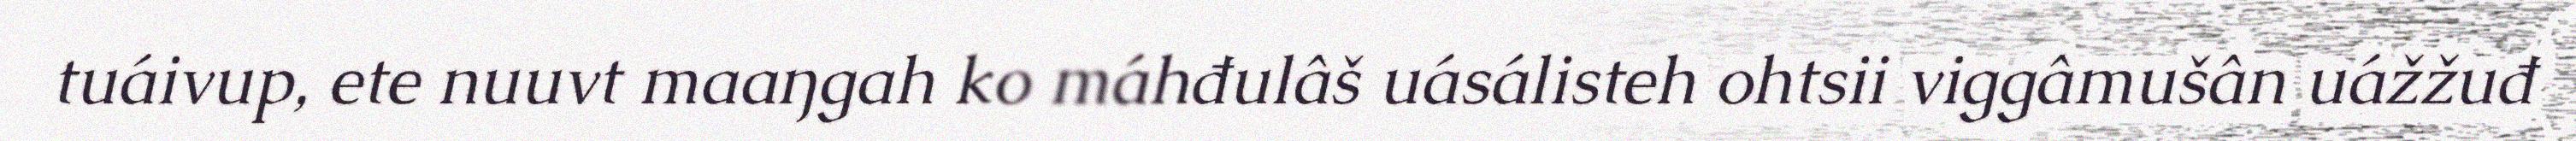
tuáivup, ete nuuvt maaŋgah ko máhđulâš uásálisteh ohtsii viggâmušân uážžuđ